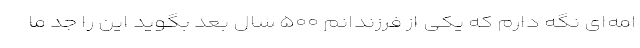
امه‌‌ای نگه دارم که یکی از فرزندانم ۵۰۰ سال بعد بگوید این را جد ما